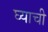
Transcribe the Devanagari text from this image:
घ्याची